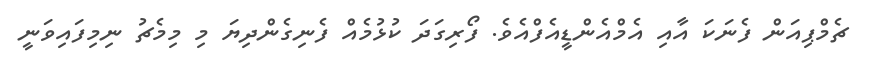
ޗެމްޕިއަން ފެނަކަ އާއި އެމްއެންޑީއެފްއެވެ. ފޯރިގަދަ ކުޅުމެއް ފެނިގެންދިޔަ މި މިމެޗު ނިމިފައިވަނީ